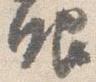
眼